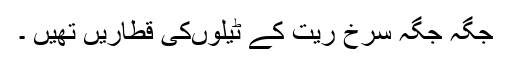
جگہ جگہ سرخ ریت کے ٹیلوںکی قطاریں تھیں ۔